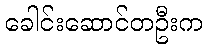
ခေါင်းဆောင်တဦးက